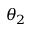
\theta _ { 2 }